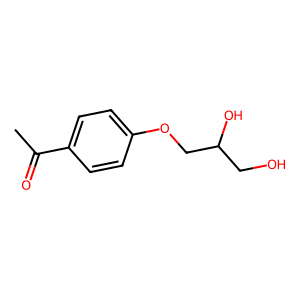
SMILES: CC(=O)c1ccc(OCC(O)CO)cc1
Inhibits HIV replication: No